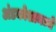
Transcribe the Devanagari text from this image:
अंडकोशामध्ये